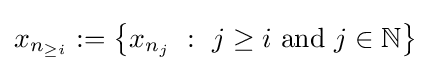
x_{n_{\geq i}}:=\left\{x_{n_{j}}~:~j\geq i{\text{ and }}j\in \mathbb {N} \right\}